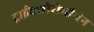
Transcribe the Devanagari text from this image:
ट्राईक्लोरोमीथेन